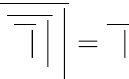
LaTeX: {\overline{{\ {\overline{{\ {\overline{{\ \ |}}}\ {\Big|}}}}\ {\Bigg|}}}}={\overline{{\ \ |}}}